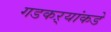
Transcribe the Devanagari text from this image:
गडकऱ्यांकडे